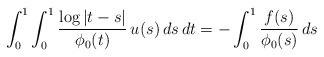
LaTeX: \begin{align*} \int_0^1 \int_0^1 \frac{ \log| t - s| }{ \phi_0(t) } \, u( s) \, d s \, dt = -\int_0^1 \frac{ f(s) }{ \phi_0(s) } \, ds\end{align*}